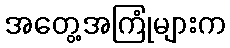
အတွေ့အကြုံများက